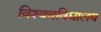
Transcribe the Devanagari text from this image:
विश्‍ववविद्यालय